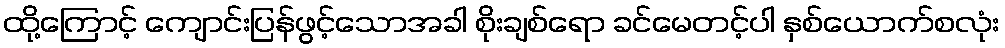
ထို့ကြောင့် ကျောင်းပြန်ဖွင့်သောအခါ စိုးချစ်ရော ခင်မေတင့်ပါ နှစ်ယောက်စလုံး